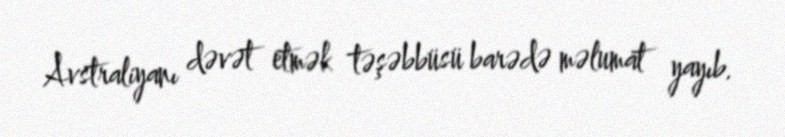
Avstraliyanı dəvət etmək təşəbbüsü barədə məlumat yayıb.